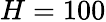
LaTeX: H=100